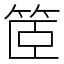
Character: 䇫